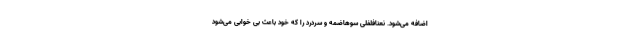
اضافه می‌شود. نعنافلفلی سوهاضمه و سردرد را که خود باعث بی خوابی می‌شود